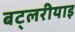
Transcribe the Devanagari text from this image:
बट्लरीयाइ